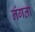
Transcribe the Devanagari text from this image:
नंगता